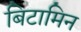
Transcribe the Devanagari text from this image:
बिटामिन